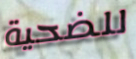
للضحية